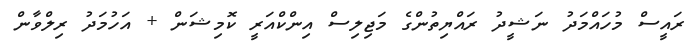
ރައީސް މުހައްމަދު ނަޝީދު ރައްޔިތުންގެ މަޖިލިސް އިންކްއަރީ ކޮމިޝަން + އަހުމަދު ރިލްވާން